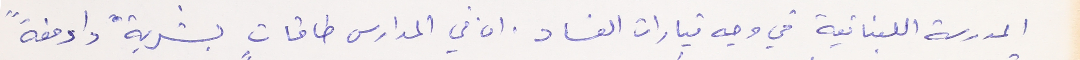
المدرسة اللبنانية في وجه تيارات الفساد. ان في المدارس طاقاتٍ بشريةً وادمغةً